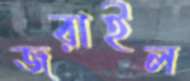
জরাইল